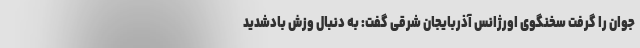
جوان را گرفت سخنگوی اورژانس آذربایجان شرقی گفت: به دنبال وزش بادشدید